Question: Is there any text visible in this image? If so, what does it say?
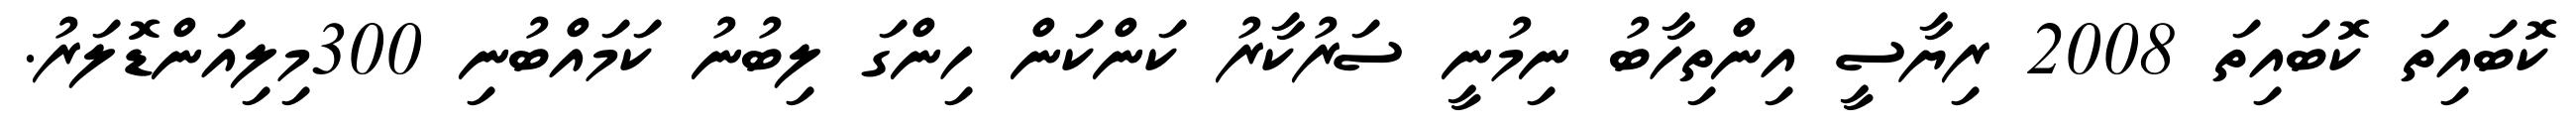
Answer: ކޮބައިތަ ކޮބައިތަ 2008 ރިޔާސީ އިންތިހާބު ނިމުނީ ސަރުކާރު ކަންކަން ހިންގަ ލިބުނު ކަމައްބުނި 300މިލިއަންޑޮލަރު.